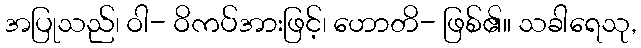
အပြုသည်၊ ဝါ- ဝိကပ်အားဖြင့်၊ ဟောတိ- ဖြစ်၏။ သခါရေသု,